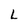
Character: L